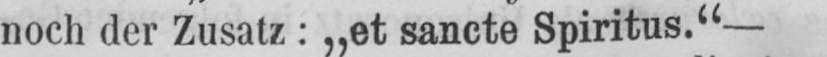
noch der Zusatz: ,,st sancte Spiritus.“ -